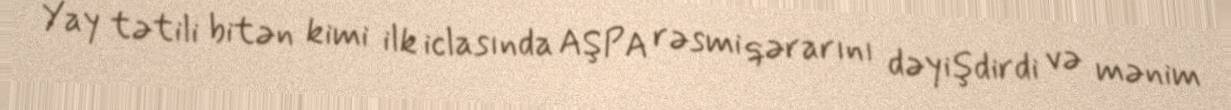
Yay tətili bitən kimi ilk iclasında AŞPA rəsmi qərarını dəyişdirdi və mənim